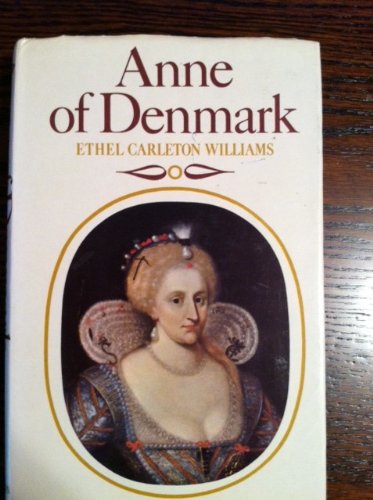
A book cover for Anne of Denmark; Ethel Carleton Williams; Biographies & Memoirs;